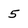
Character: 5